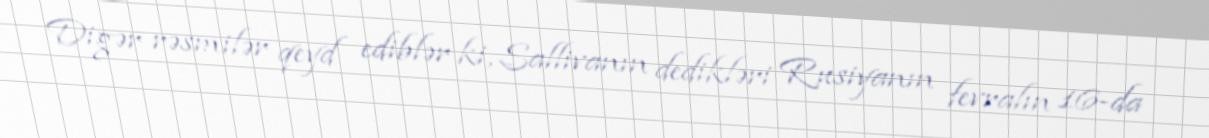
Digər rəsmilər qeyd ediblər ki, Sallivanın dedikləri Rusiyanın fevralın 16-da